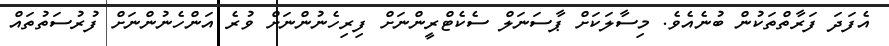
އެފަދަ ފަރާތްތަކުން ބުނެއެެވެ. މިސާލަކަށް ޕާސަނަލް ސެކެޓްރީންނަށް ފިރިހެނުންނަށް ވުރެ އަންހެނުންނަށް ފުރުސަތުތައް